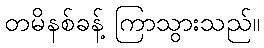
တမိနစ်ခန့် ကြာသွားသည်။